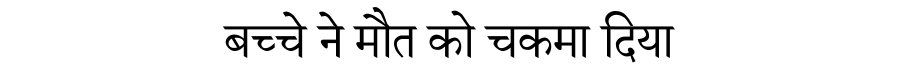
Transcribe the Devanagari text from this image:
बच्चे ने मौत को चकमा दिया